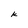
Character: k